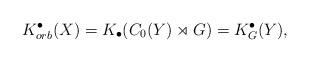
LaTeX: \begin{align*}K^\bullet_{orb}(X)= K_\bullet(C_0(Y)\rtimes G) = K^\bullet_G(Y),\end{align*}